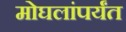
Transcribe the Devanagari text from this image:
मोघलांपर्यंत